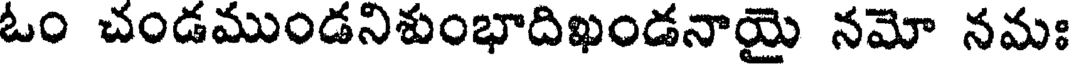
ఓం చండముండనిశుంభాదిఖండనాయై నమో నమః